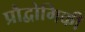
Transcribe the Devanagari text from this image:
प्रौद्वोगिकी